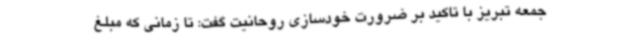
جمعه تبریز با تاکید بر ضرورت خودسازی روحانیت گفت: تا زمانی که مبلغ